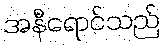
အနီရောင်သည်